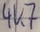
Text: 4K7